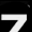
Digit: 7